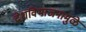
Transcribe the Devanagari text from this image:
देशविभाजनामुळे